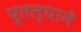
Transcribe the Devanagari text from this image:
घुतल्याने